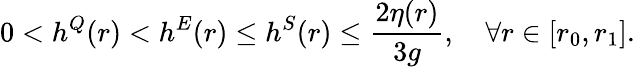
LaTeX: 0<h^{Q}(r)<h^{E}(r)\leq h^{S}(r)\leq\frac{2\eta(r)}{3g},\quad\forall r\in[r_{0},r_{1}].